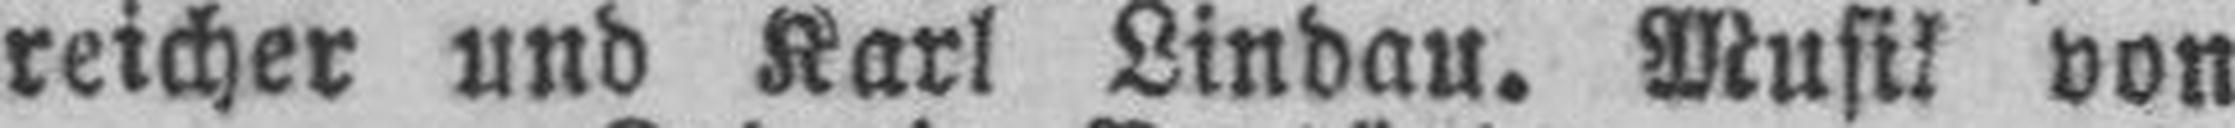
reicher und Karl Lindau. Musik von